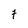
Character: 7